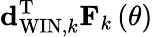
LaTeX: {\mathbf d}_{\mathrm{WIN},k}^{\mathrm{T}}{\mathbf F}_{k}\left(\theta\right)